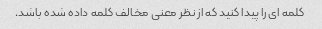
کلمه ای را پیدا کنید که از نظر معنی مخالف کلمه داده شده باشد.